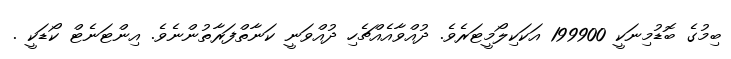
ބިމުގެ ބޮޑުމިނަކީ 199900 އަކަކިލޯމީޓަރެވެ. ދުއްވާއެއްޗެހި ދުއްވަނީ ކަނާތްފަރާތުންނެވެ. އިންޓަނެޓް ކޯޑަކީ .